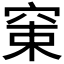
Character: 𥦈